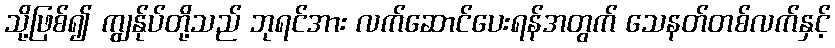
သို့ဖြစ်၍ ကျွန်ုပ်တို့သည် ဘုရင်အား လက်ဆောင်ပေးရန်အတွက် သေနတ်တစ်လက်နှင့်